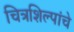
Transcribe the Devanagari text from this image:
चित्रशिल्पांचे